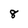
Character: 8